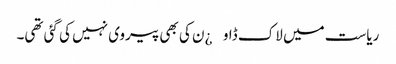
ریاست میں لاک ڈاو¿ن کی بھی پیروی نہیں کی گئی تھی۔